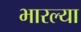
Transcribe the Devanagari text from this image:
भारल्या